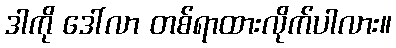
ဒါကို ဒေါ်လာ တစ်ရာထားလိုက်ပါလား။